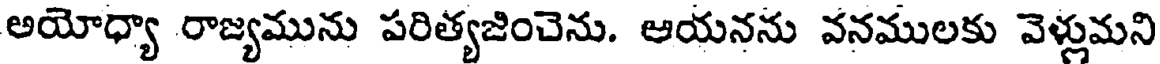
అయోధ్యా రాజ్యమును పరిత్యజించెను. ఆయనను వనములకు వెళ్లుమని